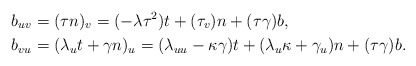
\begin{align*}b_{uv} & =(\tau n)_{v}=(-\lambda\tau^{2})t+(\tau_{v})n+(\tau\gamma)b,\\b_{vu} & =(\lambda_{u}t+\gamma n)_{u}=(\lambda_{uu}-\kappa\gamma)t+(\lambda_{u}\kappa+\gamma_{u})n+(\tau\gamma)b.\end{align*}